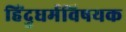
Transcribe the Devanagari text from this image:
हिंदुधर्मविषयक